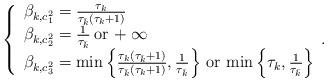
LaTeX: \begin{align*}\left\{\begin{array}{l}\beta_{k,c_1^2}=\frac{\tau_k}{\tau_{\bar k}(\tau_k+1)}\\\beta_{k,c_2^2}=\frac{1}{\tau_{\bar k}}\, \mbox{or}\, +\infty\\\beta_{k,c_3^2}=\min\left\{\frac{\tau_k(\tau_{\bar k}+1)}{\tau_{\bar k}(\tau_k+1)},\frac{1}{\tau_{\bar k}}\right\}\, \mbox{or}\, \min\left\{\tau_k,\frac{1}{\tau_{\bar k}}\right\}\end{array}. \right.\end{align*}